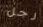
رجل